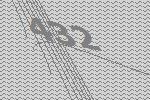
432